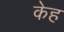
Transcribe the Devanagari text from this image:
केह